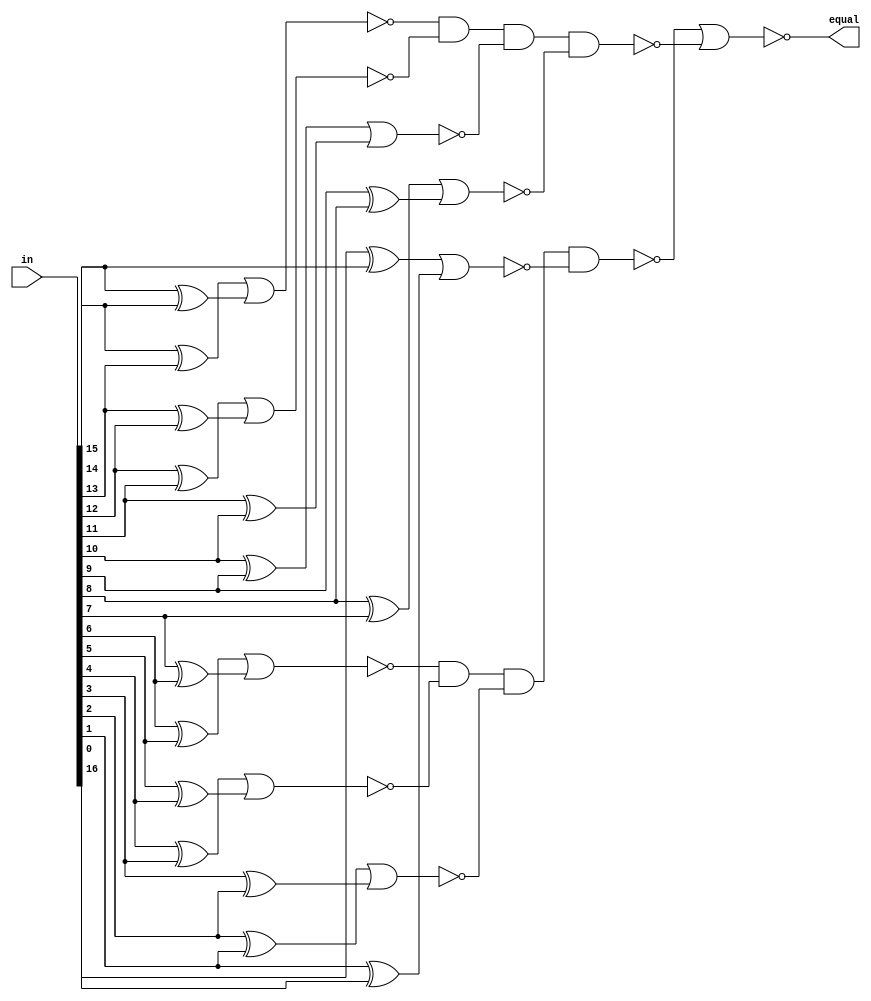
// Modified by Princeton University on June 9th, 2015
// ========== Copyright Header Begin ==========================================
// 
// OpenSPARC T1 Processor File: sparc_exu_alu_16eql.v
// Copyright (c) 2006 Sun Microsystems, Inc.  All Rights Reserved.
// DO NOT ALTER OR REMOVE COPYRIGHT NOTICES.
// 
// The above named program is free software; you can redistribute it and/or
// modify it under the terms of the GNU General Public
// License version 2 as published by the Free Software Foundation.
// 
// The above named program is distributed in the hope that it will be 
// useful, but WITHOUT ANY WARRANTY; without even the implied warranty of
// MERCHANTABILITY or FITNESS FOR A PARTICULAR PURPOSE.  See the GNU
// General Public License for more details.
// 
// You should have received a copy of the GNU General Public
// License along with this work; if not, write to the Free Software
// Foundation, Inc., 51 Franklin St, Fifth Floor, Boston, MA 02110-1301, USA.
// 
// ========== Copyright Header End ============================================
////////////////////////////////////////////////////////////////////////
/*
//  Module Name: sparc_exu_alu_16eql
//	Description: Takes a 17 bit input and generates an active low output
//			signifying that all 17 bits have the same value.
*/
module sparc_exu_alu_16eql (/*AUTOARG*/
   // Outputs
   equal, 
   // Inputs
   in
   ) ;
   input [16:0] in;

   output       equal;

   wire [15:0]  inxor;
   wire [7:0]   nor1;
   wire [1:0]   nand2;

   assign inxor[0] = in[15] ^ in[14];
   assign inxor[1] = in[14] ^ in[13];
   assign inxor[2] = in[13] ^ in[12];
   assign inxor[3] = in[12] ^ in[11];
   assign inxor[4] = in[11] ^ in[10];
   assign inxor[5] = in[10] ^ in[9];
   assign inxor[6] = in[9] ^ in[8];
   assign inxor[7] = in[8] ^ in[7];
   assign inxor[8] = in[7] ^ in[6];
   assign inxor[9] = in[6] ^ in[5];
   assign inxor[10] = in[5] ^ in[4];
   assign inxor[11] = in[4] ^ in[3];
   assign inxor[12] = in[3] ^ in[2];
   assign inxor[13] = in[2] ^ in[1];
   assign inxor[14] = in[1] ^ in[0];
   assign inxor[15] = in[16] ^ in[15];

   assign nor1[0] = ~(inxor[15] | inxor[14]);
   assign       nor1[1] = ~(inxor[1] | inxor[0]);
   assign       nor1[2] = ~(inxor[3] | inxor[2]);
   assign       nor1[3] = ~(inxor[5] | inxor[4]);
   assign       nor1[4] = ~(inxor[7] | inxor[6]);
   assign       nor1[5] = ~(inxor[9] | inxor[8]);
   assign       nor1[6] = ~(inxor[11] | inxor[10]);
   assign       nor1[7] = ~(inxor[13] | inxor[12]);

   assign       nand2[0] = ~(nor1[1] & nor1[2] & nor1[3] & nor1[4]);
   assign       nand2[1] = ~(nor1[5] & nor1[6] & nor1[7] & nor1[0]);

   assign       equal = ~(nand2[1] | nand2[0]);
   
endmodule // sparc_exu_div_32eql